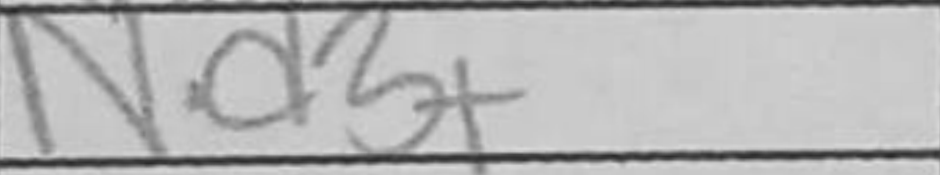
Transcription: Nd3+